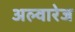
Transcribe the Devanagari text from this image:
अल्वारेज